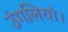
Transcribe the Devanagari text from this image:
उंगलियां।